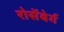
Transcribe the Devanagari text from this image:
रोसेंबेर्ग